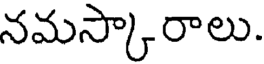
నమస్కారాలు.